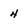
Character: 4